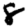
Digit: 8